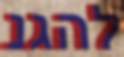
להגנ